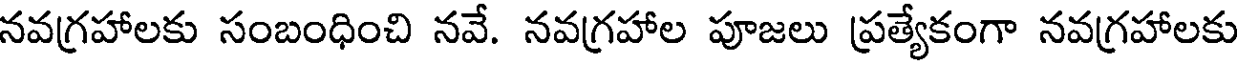
నవగ్రహాలకు సంబంధించి నవే. నవగ్రహాల పూజలు ప్రత్యేకంగా నవగ్రహాలకు